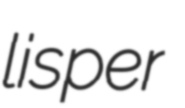
lisper